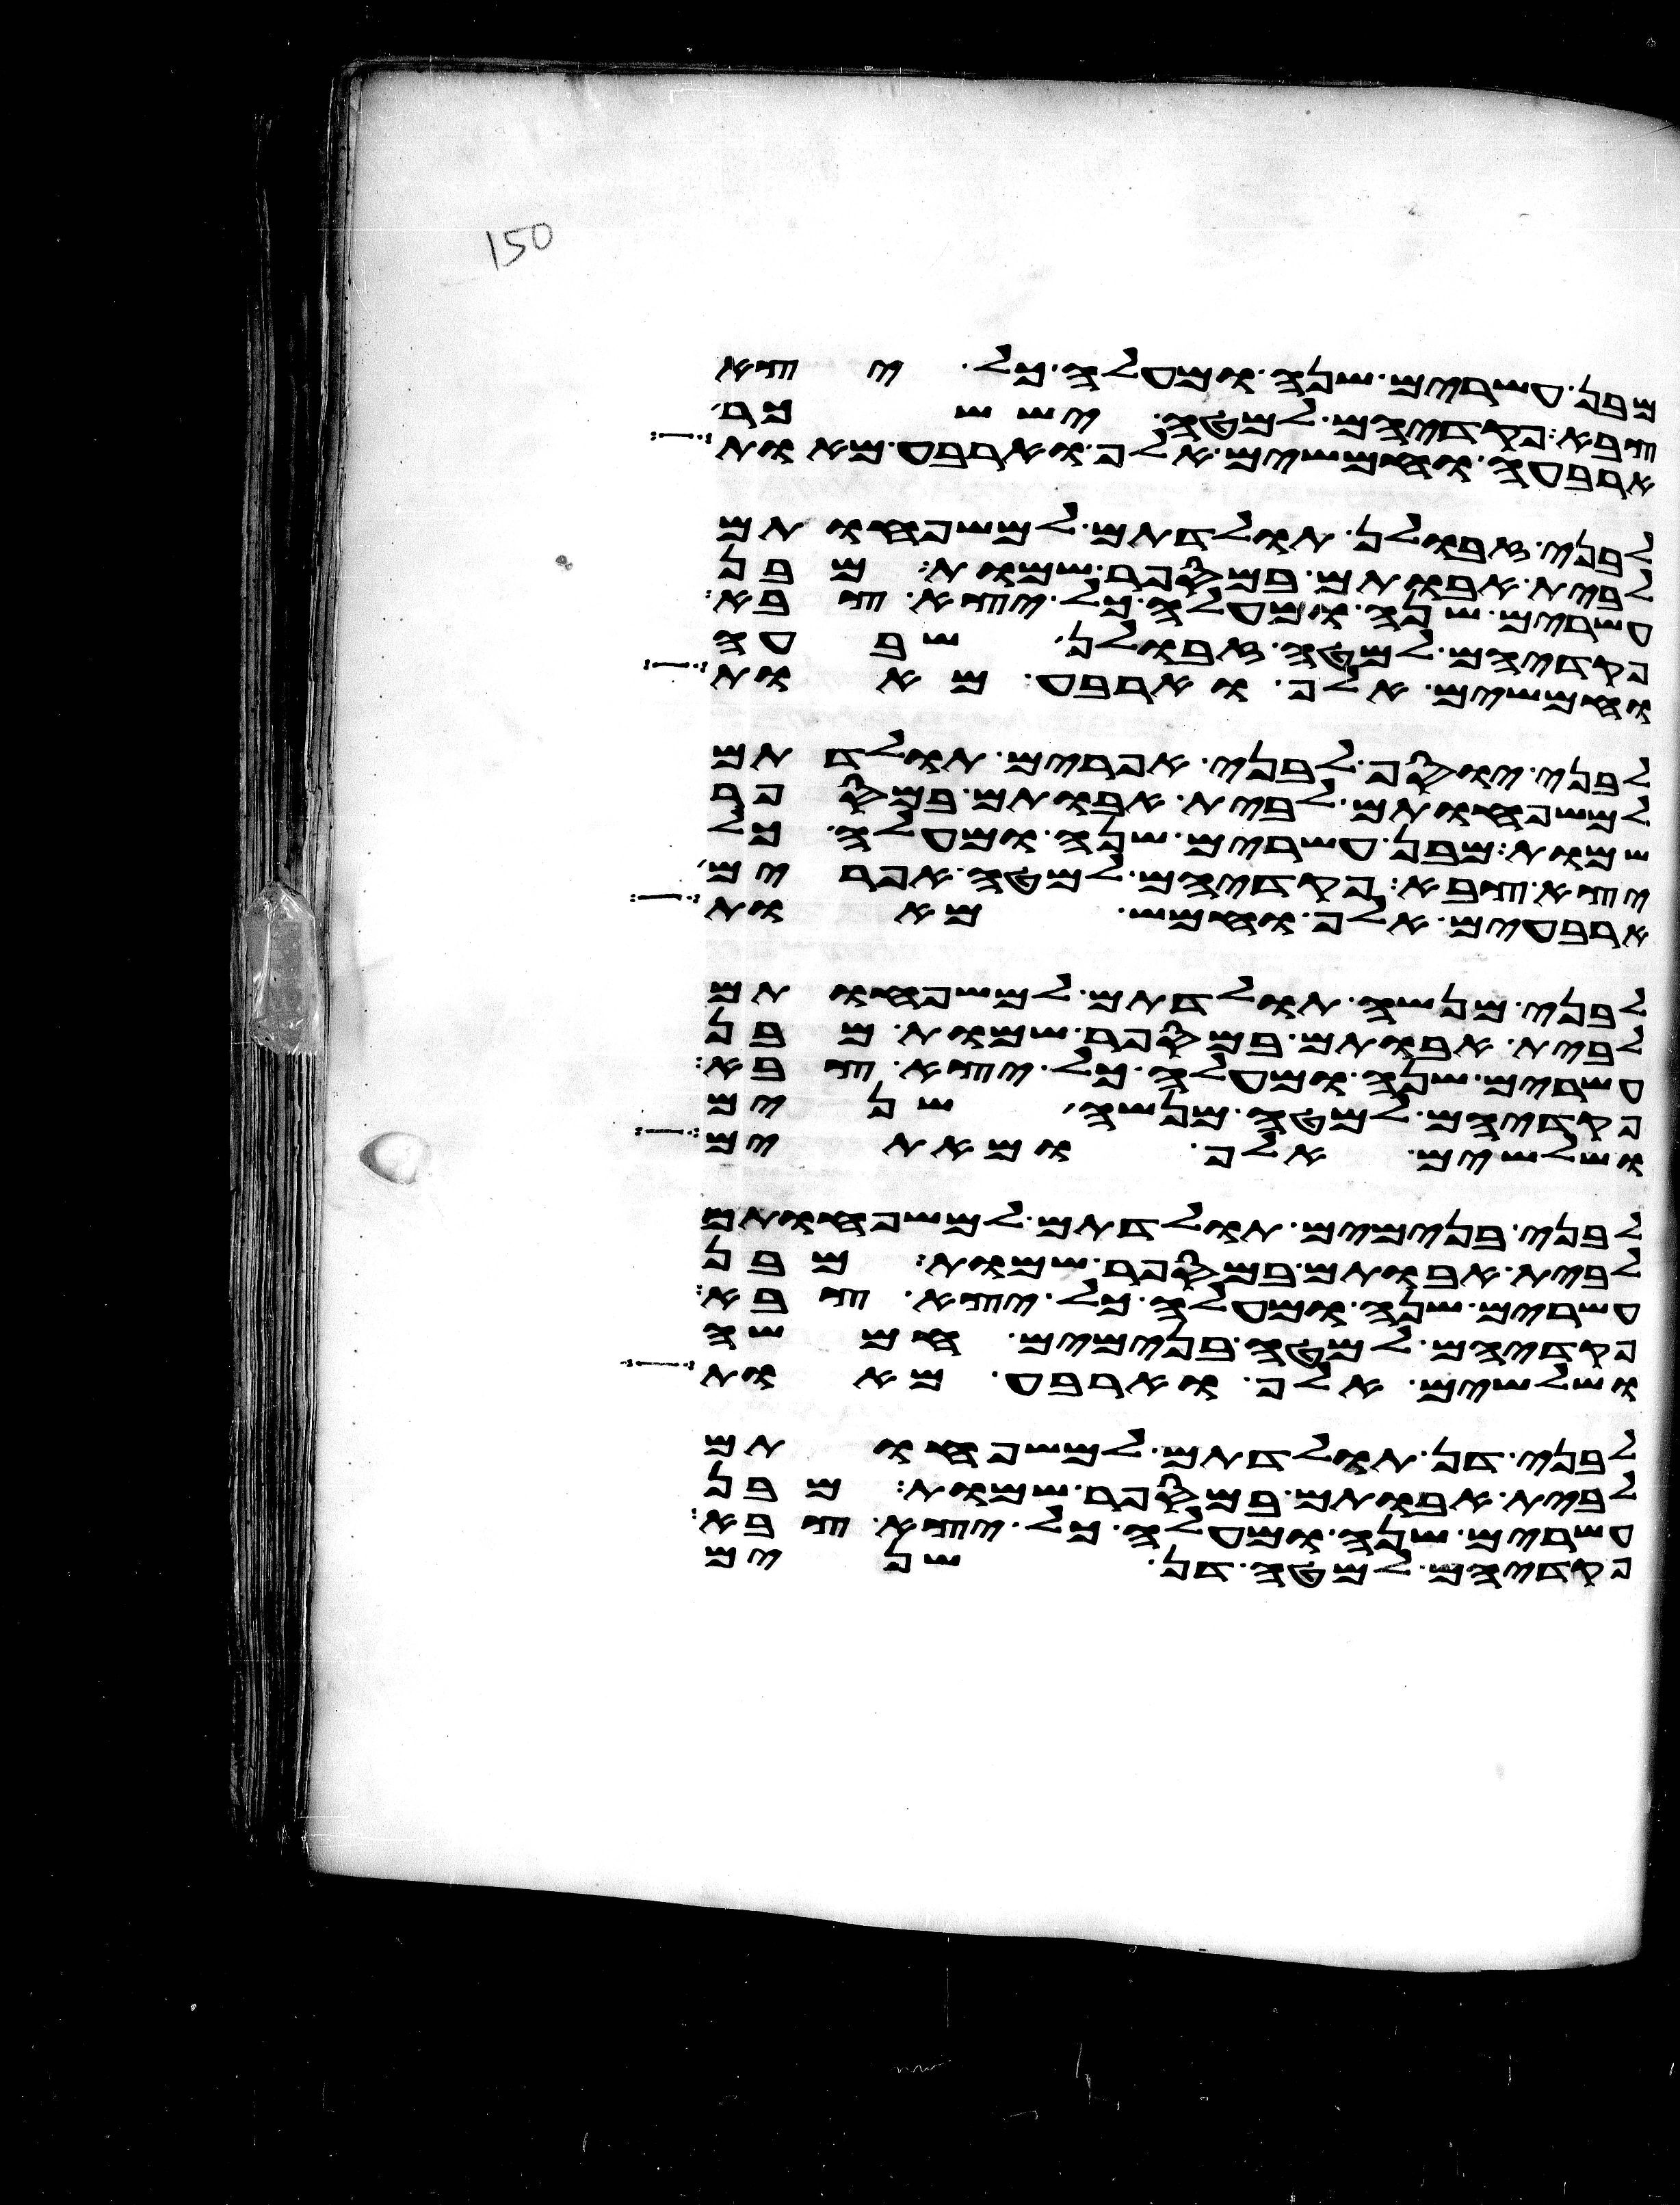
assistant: מבן עשרים שנה ומעלה כל יצא
צבא פקדיהם למטה יששכר
ארבעה וחמשים אלף וארבע מאות
לבני זבולן תולדתם למשפחותם
לבית אבותם במספר שמות מבן
עשרים שנה ומעלה כל יצא צבא
פקדיהם למטה זבולן שבעה
וחמשים אלף וארבע מאות
לבני יוסף לבני אפרים תולדתם
למשפחותם לבית אבותם במספר
שמות מבן עשרים שנה ומעלה כל
יצא צבא פקדיהם למטה אפרים
ארבעים אלף וחמש מאות
לבני מנשה תולדתם למשפחותם
לבית אבותם במספר שמות מבן
עשרים שנה ומעלה כל יצא צבא
פקדיהם למטה מנשה שנים
ושלשים אלף ומאתים
לבני בנימים תולדתם למשפחותם
לבית אבותם במספר שמות מבן
עשרים שנה ומעלה כל יצא צבא
פקדיהם למטה בנימים חמשה
ושלשים אלף וארבע מאות
לבני דן תולדתם למשפחותם
לבית אבותם במספר שמות מבן
עשרים שנה ומעלה כל יצא צבא
פקדיהם למטה דן שנים